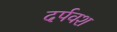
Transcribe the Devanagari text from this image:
दर्पवश